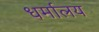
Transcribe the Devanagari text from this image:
धर्मालय